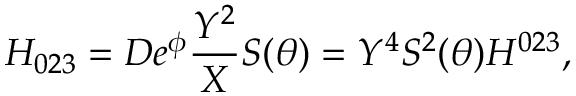
H _ { 0 2 3 } = D e ^ { \phi } \frac { Y ^ { 2 } } X S ( \theta ) = Y ^ { 4 } S ^ { 2 } ( \theta ) H ^ { 0 2 3 } ,